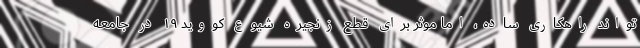
‌تواند راهکاری ساده، اما موثر برای قطع زنجیره شیوع کووید ۱۹ در جامعه